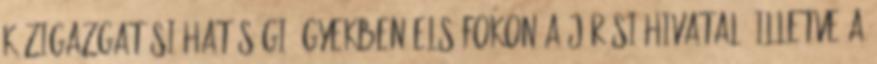
közigazgatási hatósági ügyekben elsőfokon a járási hivatal, illetve a